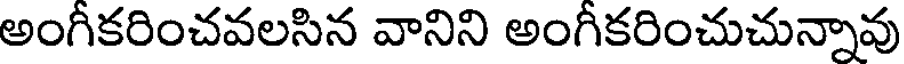
అంగీకరించవలసిన వానిని అంగీకరించుచున్నావు